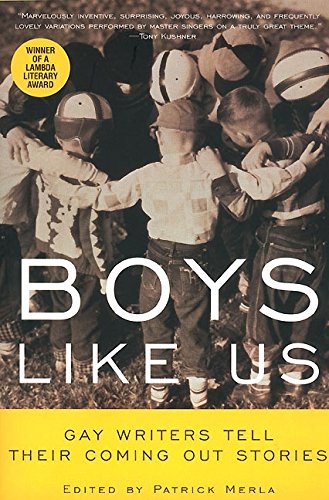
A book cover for Boys Like Us: Gay Writers Tell Their Coming Out Stories; Patrick Merla; Gay & Lesbian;